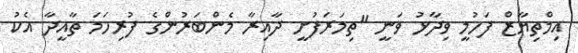
އިމްތިޔާޒް ފަހުމީ ވިދާޅު ވަނީ "ތިމަރަފުށީ ދާއިރާ މެންބަރުންގެ ފުރިހަމަ ތާއީދާ އެކު